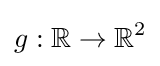
g:\mathbb {R} \to \mathbb {R} ^{2}